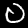
Digit: 0